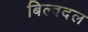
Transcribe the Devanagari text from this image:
बिल्वदल